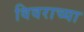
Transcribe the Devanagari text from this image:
विवराच्या